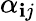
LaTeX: \alpha_{\mathbf{i}j}